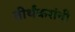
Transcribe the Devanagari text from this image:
तीर्थंकरांनी